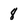
Character: 8